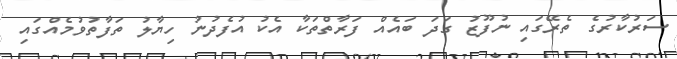
ސަރުކާރުގެ ތެރޭގައި ނުފޫޒު ގަދަ ބައެއް ފަރާތްތަކާ އެކު އުފެދުނު ހިޔާލު ތަފާތުވުމެއްގައި